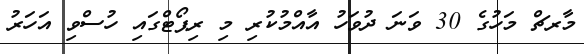
މާރޗް މަހުގެ 30 ވަނަ ދުވަހު އާއްމުކުރި މި ރިޕޯޓްގައި ހުސްވި އަހަރު